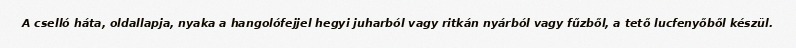
A cselló háta, oldallapja, nyaka a hangolófejjel hegyi juharból vagy ritkán nyárból vagy fűzből, a tető lucfenyőből készül.